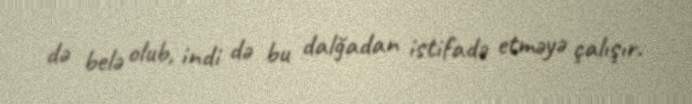
də belə olub, indi də bu dalğadan istifadə etməyə çalışır.